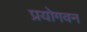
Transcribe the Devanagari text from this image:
प्रयोगवन